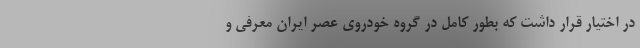
در اختیار قرار داشت که بطور کامل در گروه خودروی عصر ایران معرفی و